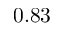
0 . 8 3